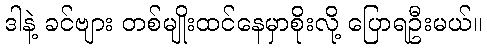
ဒါနဲ့ ခင်ဗျား တစ်မျိုးထင်နေမှာစိုးလို့ ပြောရဦးမယ်။